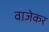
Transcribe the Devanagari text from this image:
वाजेकर